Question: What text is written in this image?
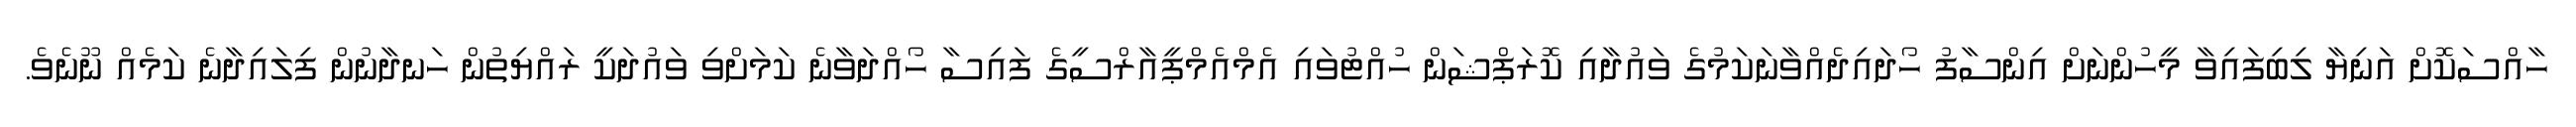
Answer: ހާއްސަކޮށް އަނިޔާ ލިބިފައިވާ މީހުންނަށް އިންސާފު ހޯދައިދެއްވާނަކަމުގެ ވައުދާއި ކޮރަޕްޝަން ހުއްޓުވައި އެމްއެމްޕީއާރްސީގެ ފައިސާ ހޯއްދަވާނެ ކަމަށްވި ވައުދަކީ ރައްޔިތުން ހަނދާނުން ފިލައިދާނެ ކަމެއް ނޫނެވެ.